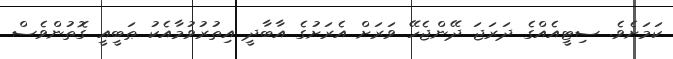
ކަމަށެވެ. ސިޓީއެއްގެ ދަރަޖަ ދޭންޖެހޭ ވަރަށް އެރަށުގެ އާބާދީ އިތުރުވުމާއެކު ޠަބީއީ ގޮތުންވެސް